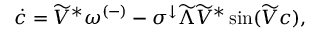
\Dot { c } = \widetilde { V } ^ { * } \omega ^ { ( - ) } - \sigma ^ { \downarrow } \widetilde { \Lambda } \widetilde { V } ^ { * } \sin ( \widetilde { V } c ) ,